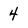
Character: 4